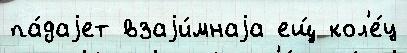
па́даjет взаjи́мнаjа ещ́ кол'е́ц